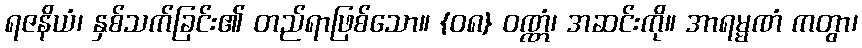
ရဇနိယံ၊ နှစ်သက်ခြင်း၏ တည်ရာဖြစ်သော။ {၀၈} ဝဏ္ဏံ၊ အဆင်းကို။ အာရမ္မဏံ ကတွာ၊